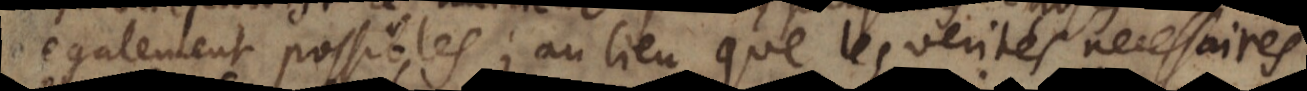
egalement possibles; au lieu que les verités necessaires